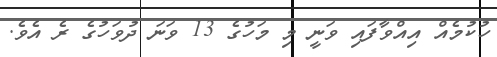
ހުކުމެއް އިއްވާފައި ވަނީ މި މަހުގެ 13 ވަނަ ދުވަހުގެ ރެ އެވެ.